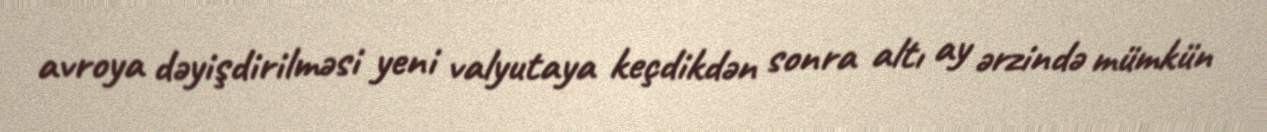
avroya dəyişdirilməsi yeni valyutaya keçdikdən sonra altı ay ərzində mümkün